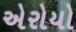
એરોયો